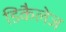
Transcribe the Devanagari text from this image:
डिकैलेज